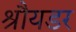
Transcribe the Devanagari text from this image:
श्रौयडर